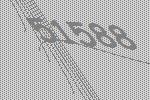
51588